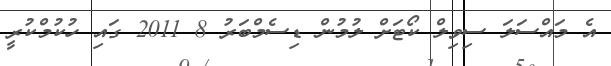
އެ މައްސަލަ ސިވިލް ކޯޓަށް ލުމުން ޑިސެމްބަރު 8 2011 ގައި ހުކުމްކުރީ